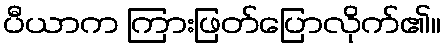
ပီယာက ကြားဖြတ်ပြောလိုက်၏။